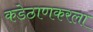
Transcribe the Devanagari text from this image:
कडेठाणकरला